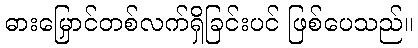
ဓားမြှောင်တစ်လက်ရှိခြင်းပင် ဖြစ်ပေသည်။